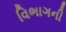
વિભાગની